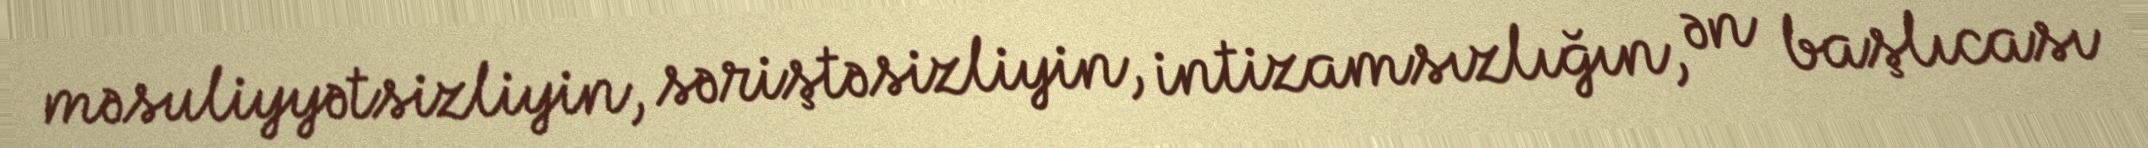
məsuliyyətsizliyin, səriştəsizliyin, intizamsızlığın, ən başlıcası